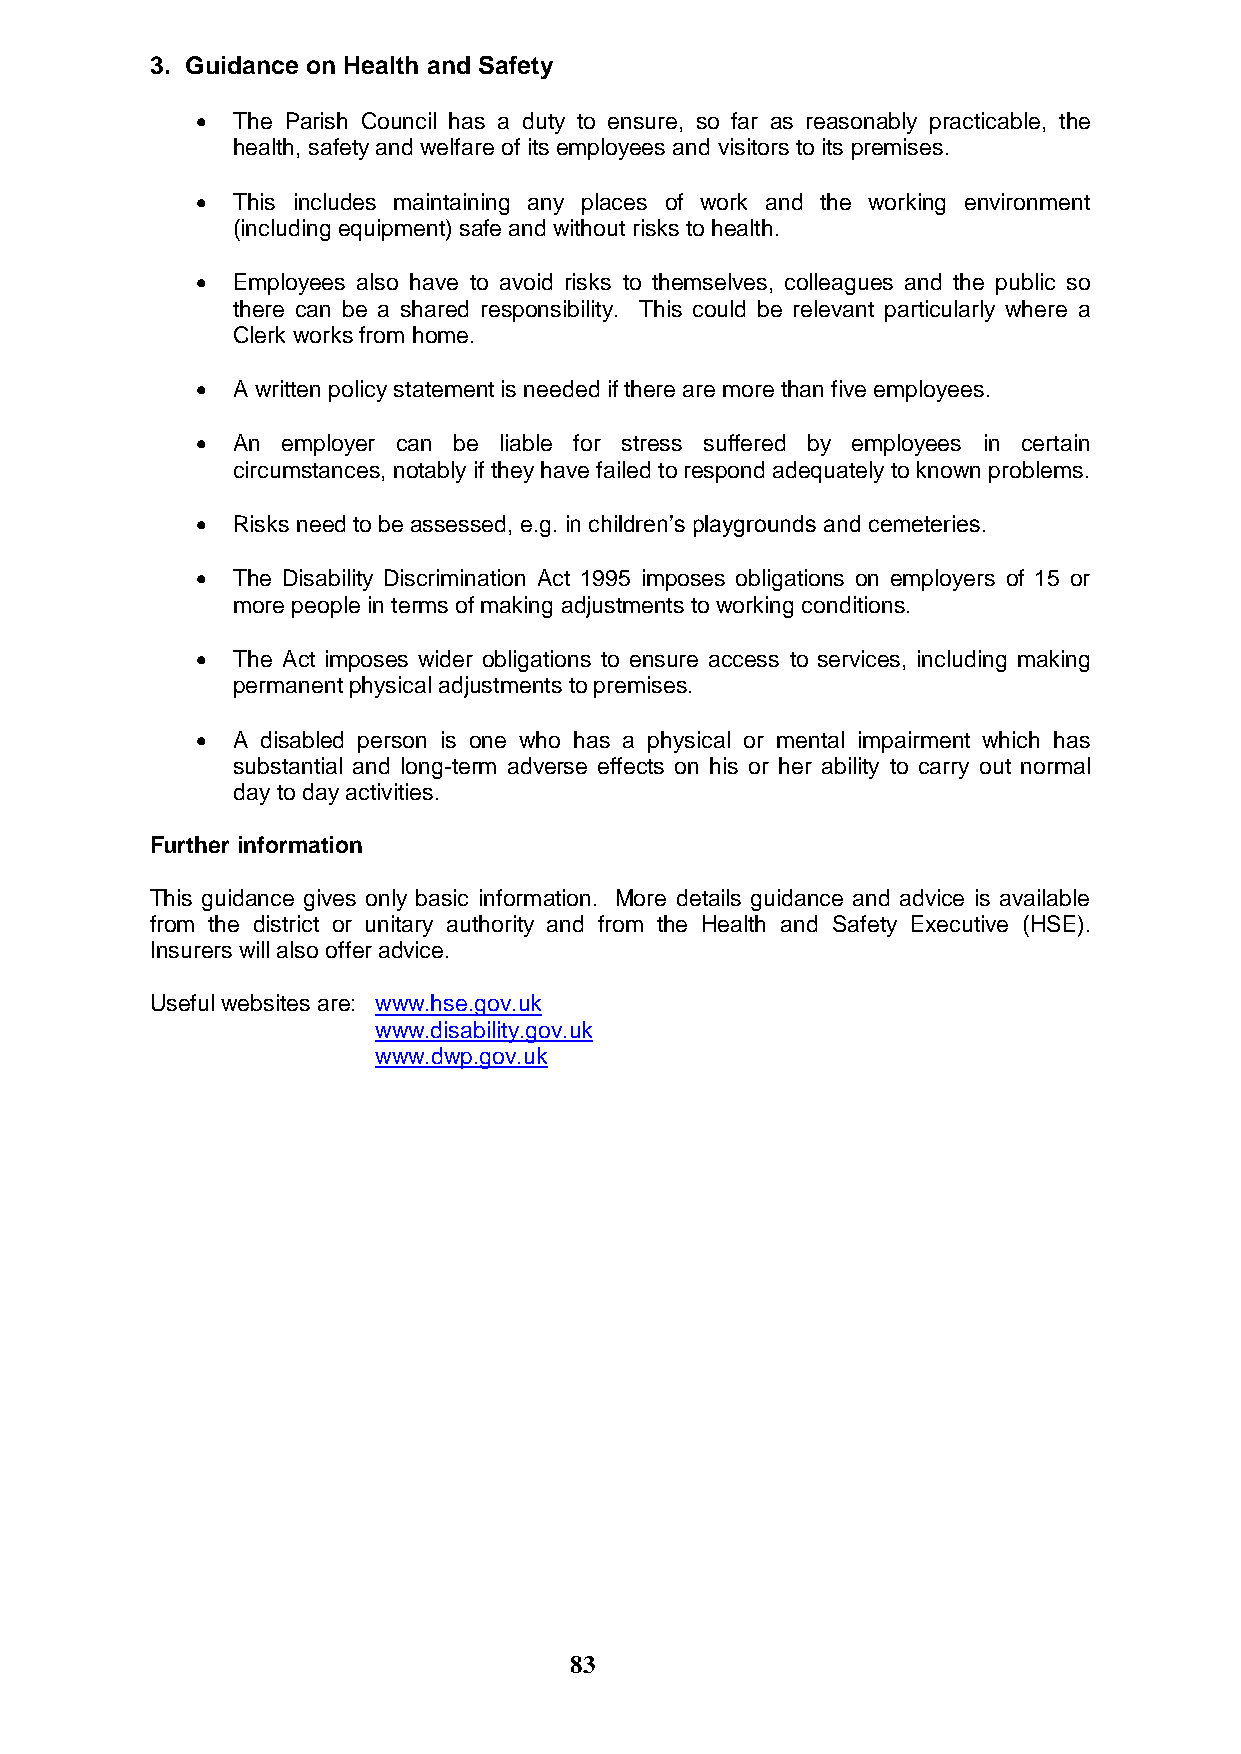
3. Guidance on Health and Safety
  The Parish Council has a duty to ensure, so far as reasonably practicable, the
 health, safety and welfare of its employees and visitors to its premises.
  This includes maintaining any places of work and the working environment
 (including equipment) safe and without risks to health.
  Employees also have to avoid risks to themselves, colleagues and the public so
 there can be a shared responsibility. This could be relevant particularly where a
 Clerk works from home.
  A written policy statement is needed if there are more than five employees.
  An  employer can be liable for stress suffered by employees in certain
 circumstances, notably if they have failed to respond adequately to known problems.
  Risks need to be assessed, e.g. in children‟s playgrounds and cemeteries.
  The Disability Discrimination Act 1995 imposes obligations on employers of 15 or
 more people in terms of making adjustments to working conditions.
  The Act imposes wider obligations to ensure access to services, including making
 permanent physical adjustments to premises.
  A disabled person is one who has a physical or mental impairment which has
 substantial and long-term adverse effects on his or her ability to carry out normal
 day to day activities.
 Further information
 This guidance gives only basic information. More details guidance and advice is available
 from the district or unitary authority and from the Health and Safety Executive (HSE).
 Insurers will also offer advice.
 Useful websites are: www.hse.gov.uk
 www.disability.gov.uk
 www.dwp.gov.uk
 83